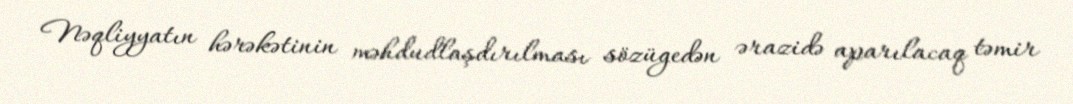
Nəqliyyatın hərəkətinin məhdudlaşdırılması sözügedən ərazidə aparılacaq təmir